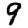
Digit: 9